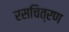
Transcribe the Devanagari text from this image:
रसचित्रण